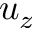
u _ { z }